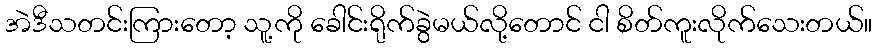
အဲဒီသတင်းကြားတော့ သူ့ကို ခေါင်းရိုက်ခွဲမယ်လို့တောင် ငါ စိတ်ကူးလိုက်သေးတယ်။